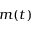
m ( t )